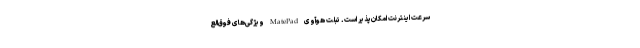
سرعت اینترنت امکان‌پذیر است. تبلت هوآوی MatePad ویژگی‌های فوق‌الع